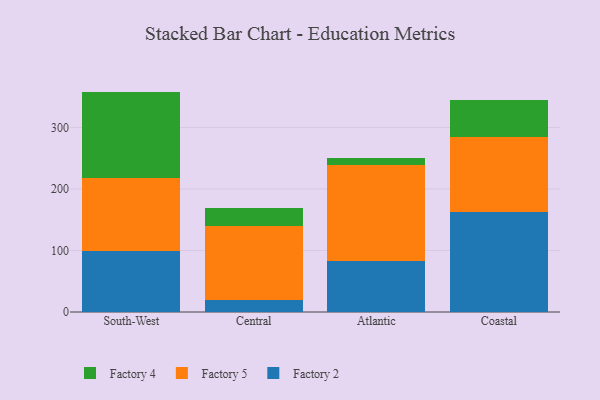
{"axis": {"x": "Region", "y": "Operating Costs (USD K)"}, "legend": ["Factory 2", "Factory 4", "Factory 5"], "data": [{"x": "South-West", "y": 99.8, "type": "Factory 2"}, {"x": "South-West", "y": 117.4, "type": "Factory 5"}, {"x": "South-West", "y": 141.2, "type": "Factory 4"}, {"x": "Central", "y": 19.2, "type": "Factory 2"}, {"x": "Central", "y": 120.4, "type": "Factory 5"}, {"x": "Central", "y": 29.6, "type": "Factory 4"}, {"x": "Atlantic", "y": 82.3, "type": "Factory 2"}, {"x": "Atlantic", "y": 157.3, "type": "Factory 5"}, {"x": "Atlantic", "y": 10.8, "type": "Factory 4"}, {"x": "Coastal", "y": 162.3, "type": "Factory 2"}, {"x": "Coastal", "y": 122.5, "type": "Factory 5"}, {"x": "Coastal", "y": 59.4, "type": "Factory 4"}]}